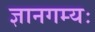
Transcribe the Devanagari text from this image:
ज्ञानगम्यः